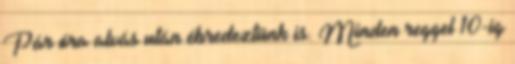
Pár óra alvás után ébredeztünk is. Minden reggel 10-ig